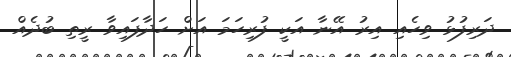
ދަރިފުޅު ވިހެއި އިރު އޭނާ އަކީ ފުރިހަމަ އަށް ހަދާފައިވާ ރީތި ބުދެއް